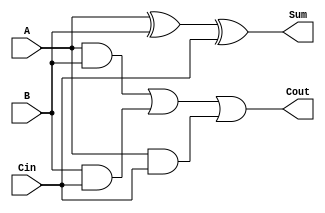
module ripple_carry_full_adder (
    input wire A,      // First input bit
    input wire B,      // Second input bit
    input wire Cin,    // Carry-in bit
    output wire Sum,   // Sum output bit
    output wire Cout   // Carry-out bit
);

// Sum Calculation
assign Sum = A ^ B ^ Cin;

// Carry-Out Calculation
assign Cout = (A & B) | (B & Cin) | (A & Cin);

endmodule